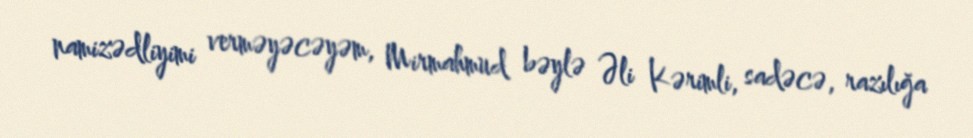
namizədliyimi verməyəcəyəm, Mirmahmud bəylə Əli Kərimli, sadəcə, razılığa